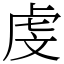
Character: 虔